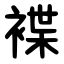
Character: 褋